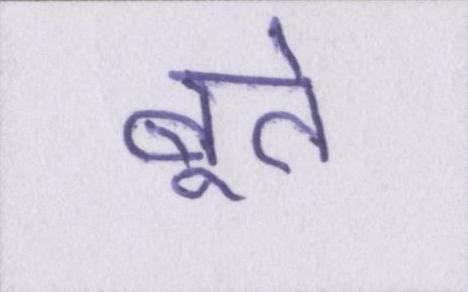
बूते